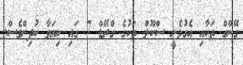
ގޭންގް ތަކާއި އެގުޅެނީ ސްކޫލް ތަކުގެ ގްރޭޑް 7 ގައި ކިޔަވާ ކުދިންވެސް.